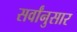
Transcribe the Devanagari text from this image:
सर्वांनुसार